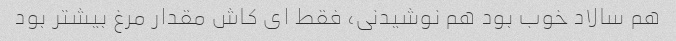
هم سالاد خوب بود هم نوشیدنی، فقط ای کاش مقدار مرغ بیشتر بود